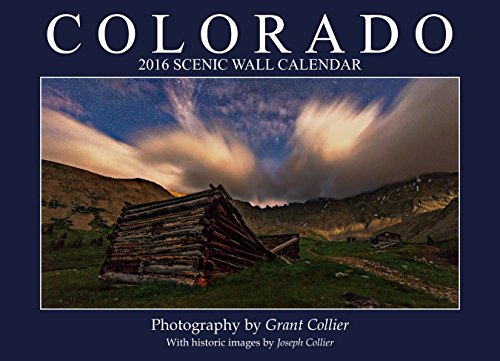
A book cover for Colorado 2016 Scenic Wall Calendar; Grant Collier; Calendars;